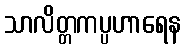
သာလိတ္တကပ္ပဟာရေန